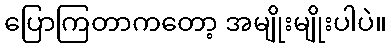
ပြောကြတာကတော့ အမျိုးမျိုးပါပဲ။